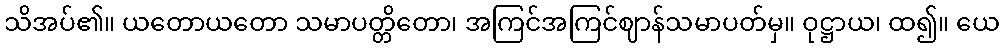
သိအပ်၏။ ယတောယတော သမာပတ္တိတော၊ အကြင်အကြင်ဈာန်သမာပတ်မှ။ ဝုဋ္ဌာယ၊ ထ၍။ ယေ